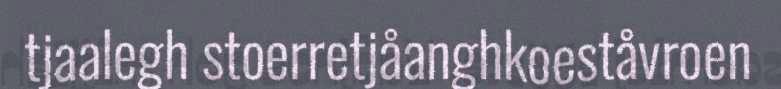
tjaalegh stoerretjåanghkoeståvroen